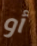
أو